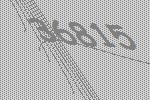
36815